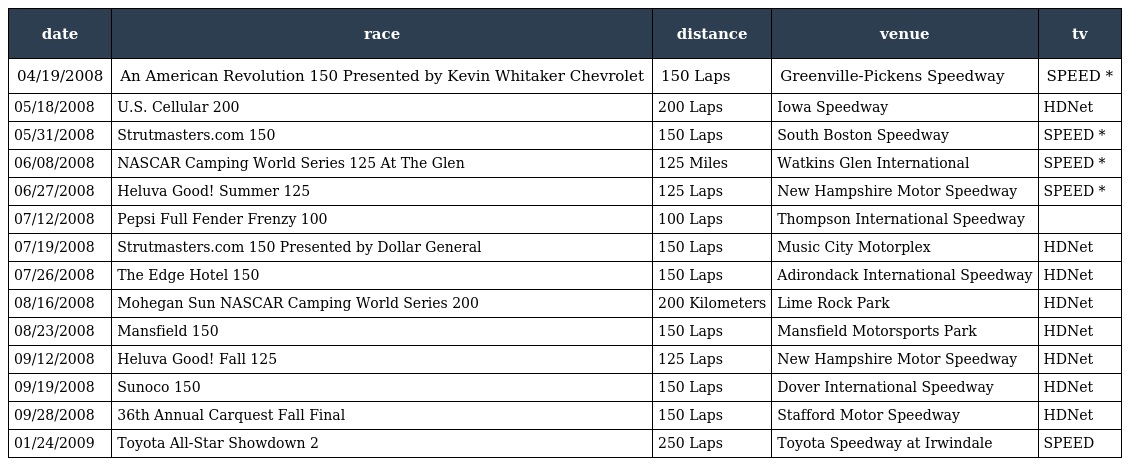
| date | race | distance | venue | tv |
 | --- | --- | --- | --- | --- |
 | 04/19/2008 | An American Revolution 150 Presented by Kevin Whitaker Chevrolet | 150 Laps | Greenville-Pickens Speedway | SPEED * |
 | 05/18/2008 | U.S. Cellular 200 | 200 Laps | Iowa Speedway | HDNet |
 | 05/31/2008 | Strutmasters.com 150 | 150 Laps | South Boston Speedway | SPEED * |
 | 06/08/2008 | NASCAR Camping World Series 125 At The Glen | 125 Miles | Watkins Glen International | SPEED * |
 | 06/27/2008 | Heluva Good! Summer 125 | 125 Laps | New Hampshire Motor Speedway | SPEED * |
 | 07/12/2008 | Pepsi Full Fender Frenzy 100 | 100 Laps | Thompson International Speedway |  |
 | 07/19/2008 | Strutmasters.com 150 Presented by Dollar General | 150 Laps | Music City Motorplex | HDNet |
 | 07/26/2008 | The Edge Hotel 150 | 150 Laps | Adirondack International Speedway | HDNet |
 | 08/16/2008 | Mohegan Sun NASCAR Camping World Series 200 | 200 Kilometers | Lime Rock Park | HDNet |
 | 08/23/2008 | Mansfield 150 | 150 Laps | Mansfield Motorsports Park | HDNet |
 | 09/12/2008 | Heluva Good! Fall 125 | 125 Laps | New Hampshire Motor Speedway | HDNet |
 | 09/19/2008 | Sunoco 150 | 150 Laps | Dover International Speedway | HDNet |
 | 09/28/2008 | 36th Annual Carquest Fall Final | 150 Laps | Stafford Motor Speedway | HDNet |
 | 01/24/2009 | Toyota All-Star Showdown 2 | 250 Laps | Toyota Speedway at Irwindale | SPEED |